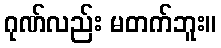
ဂုဏ်လည်း မတက်ဘူး။